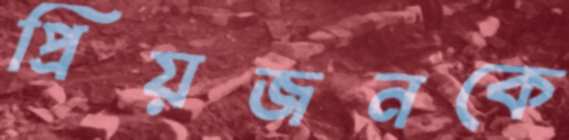
প্রিয়জনকে